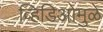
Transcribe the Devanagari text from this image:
व्हिडिओमुळे